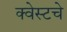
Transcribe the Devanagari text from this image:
क्वेस्टचे